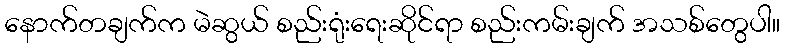
နောက်တချက်က မဲဆွယ် စည်းရုံးရေးဆိုင်ရာ စည်းကမ်းချက် အသစ်တွေပါ။